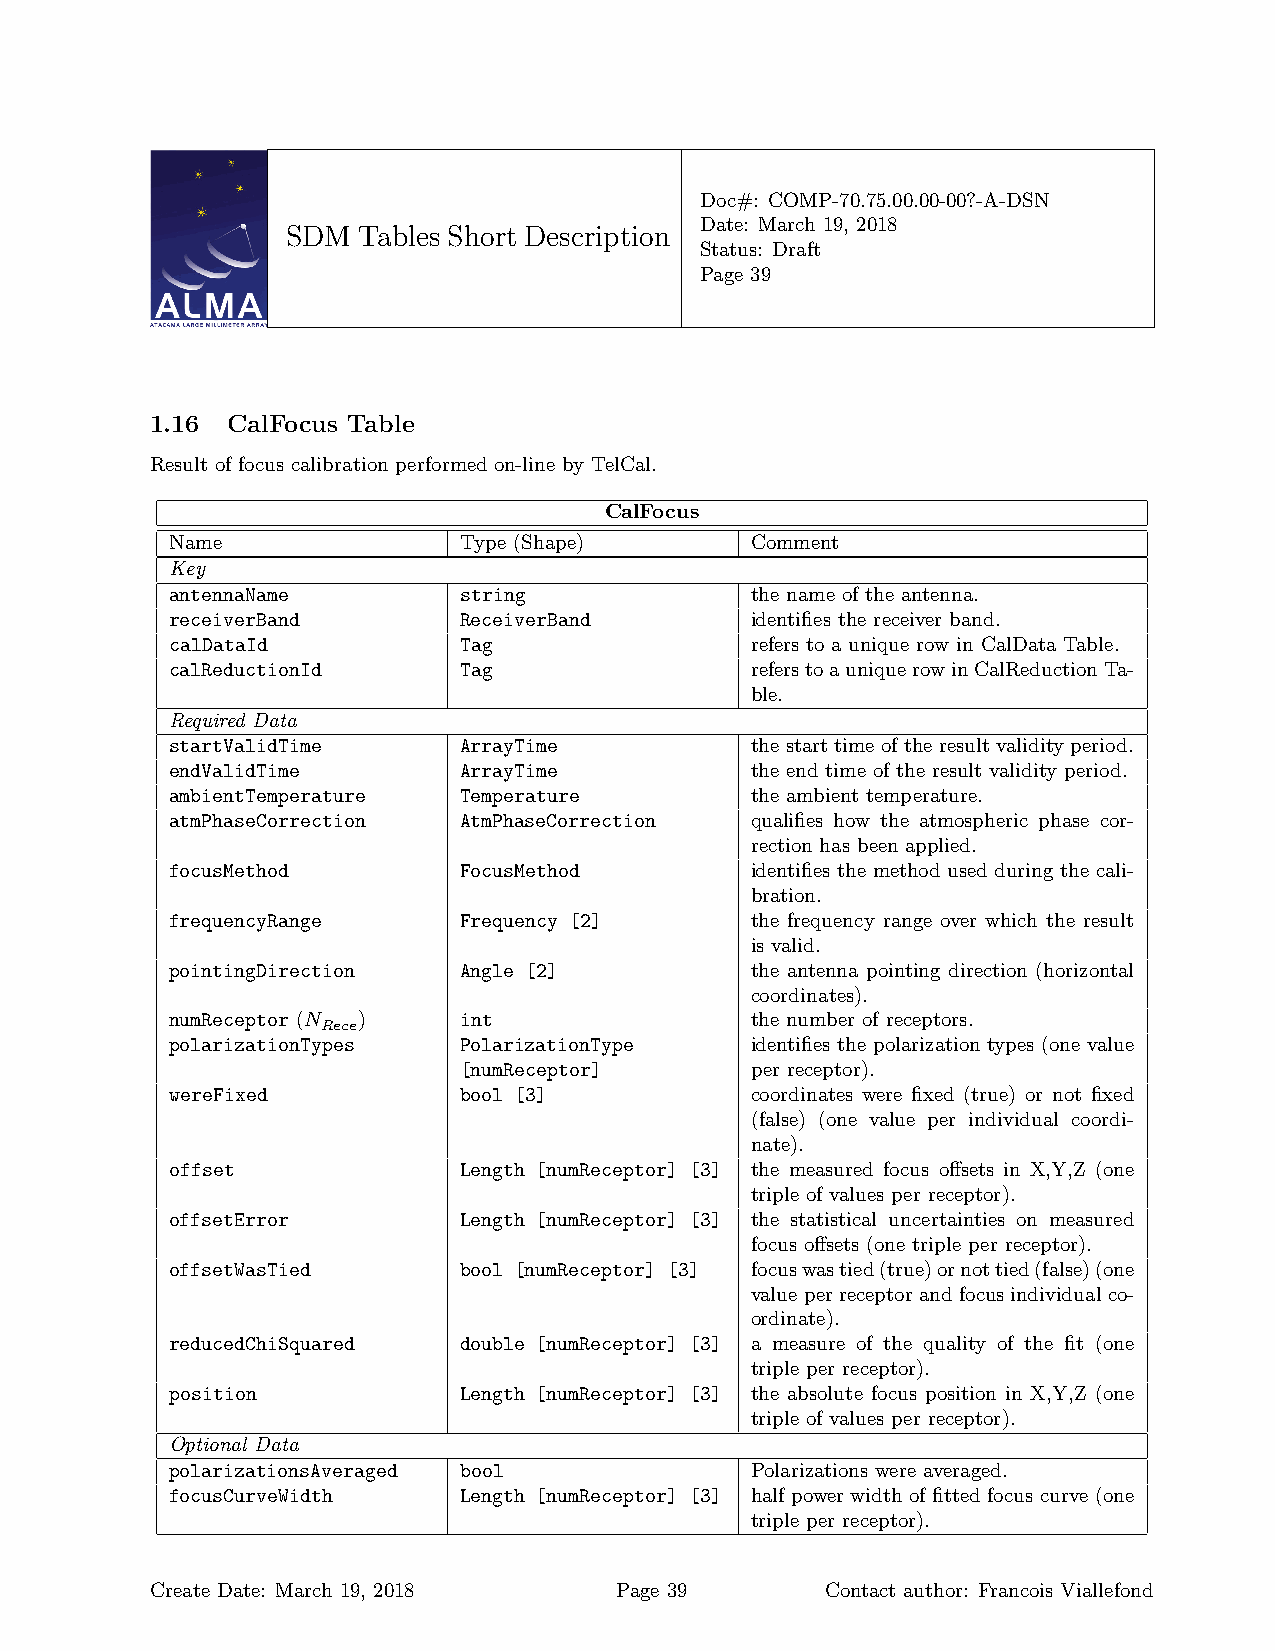
Doc#: COMP-70.75.00.00-00?-A-DSN
 Date: March 19, 2018
 SDM  Tables Short Description
 Status: Draft
 Page 39
 1.16 CalFocus Table
 Result of focus calibration performed on-line by TelCal.
 CalFocus
 Name               Type (Shape)        Comment
 Key
 antennaName        string              the name of the antenna.
 receiverBand       ReceiverBand        identifies the receiver band.
 calDataId          Tag                 refers to a unique row in CalData Table.
 calReductionId     Tag                 referstoauniquerowinCalReductionTa-
 ble.
 Required Data
 startValidTime     ArrayTime           the start time of the result validity period.
 endValidTime       ArrayTime           the end time of the result validity period.
 ambientTemperature Temperature         the ambient temperature.
 atmPhaseCorrection AtmPhaseCorrection  qualifies how the atmospheric phase cor-
 rection has been applied.
 focusMethod        FocusMethod         identifies the method used during the cali-
 bration.
 frequencyRange     Frequency [2]       the frequency range over which the result
 is valid.
 pointingDirection  Angle [2]           the antenna pointing direction (horizontal
 coordinates).
 numReceptor (N )   int                 the number of receptors.
 Rece
 polarizationTypes  PolarizationType    identifies the polarization types (one value
 [numReceptor]       per receptor).
 wereFixed          bool [3]            coordinates were fixed (true) or not fixed
 (false) (one value per individual coordi-
 nate).
 offset             Length [numReceptor] [3] the measured focus offsets in X,Y,Z (one
 triple of values per receptor).
 offsetError        Length [numReceptor] [3] the statistical uncertainties on measured
 focus offsets (one triple per receptor).
 offsetWasTied      bool [numReceptor] [3] focuswastied(true)ornottied(false)(one
 valueperreceptorandfocusindividualco-
 ordinate).
 reducedChiSquared  double [numReceptor] [3] a measure of the quality of the fit (one
 triple per receptor).
 position           Length [numReceptor] [3] the absolute focus position in X,Y,Z (one
 triple of values per receptor).
 Optional Data
 polarizationsAveraged bool             Polarizations were averaged.
 focusCurveWidth    Length [numReceptor] [3] half power width of fitted focus curve (one
 triple per receptor).
 Create Date: March 19, 2018    Page 39       Contact author: Francois Viallefond